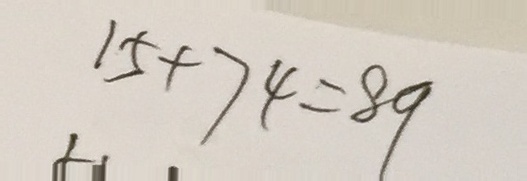
1 5 + 7 4 = 8 9